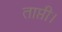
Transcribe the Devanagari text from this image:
ताप्ती।